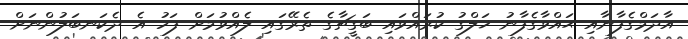
އާދަމްގެފާނާއި ޙައްވާގެފާނު ޚަލްގު ކުރައްވައި ބަގީޗާގެ ތެރޭގައި ލެއްވުމަށް ފަހު އެ ދެކަނބަލުންނަށް